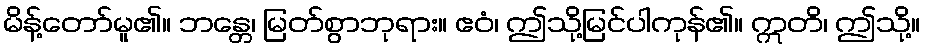
မိန့်တော်မူ၏။ ဘန္တေ၊ မြတ်စွာဘုရား။ ဧဝံ၊ ဤသို့မြင်ပါကုန်၏။ ဣတိ၊ ဤသို့။